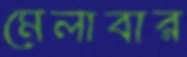
মেলাবার